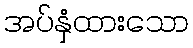
အပ်နှံထားသော